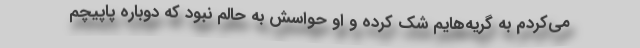
می‌کردم به گریه‌هایم شک کرده و او حواسش به حالم نبود که دوباره پاپیچم